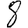
Digit: 8